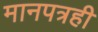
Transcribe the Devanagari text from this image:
मानपत्रही